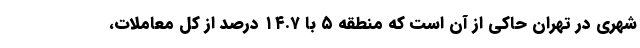
شهری در تهران حاکی از آن است که منطقه ۵ با ۱۴.۷ درصد از کل معاملات،